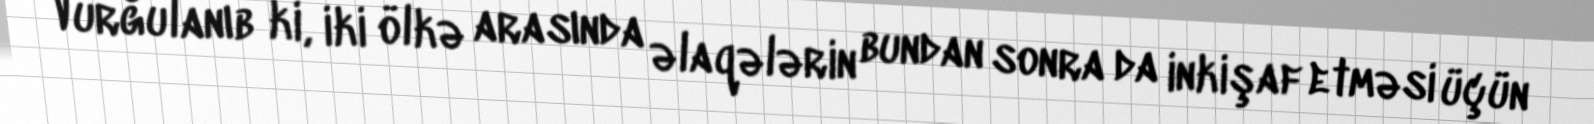
Vurğulanıb ki, iki ölkə arasında əlaqələrin bundan sonra da inkişaf etməsi üçün